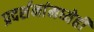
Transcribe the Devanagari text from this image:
प्रदर्शनांमध्येही